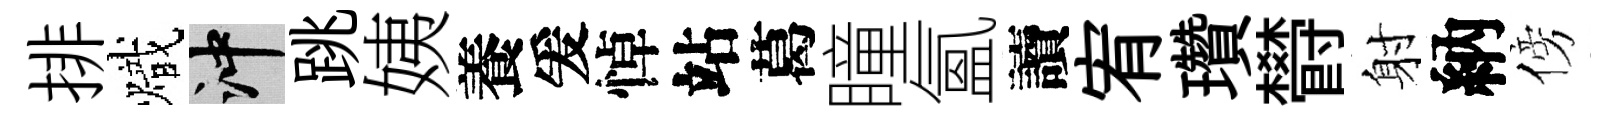
排熾冲跳姨養爰悼站葛瞳氳讀宥瓚欎射納傍